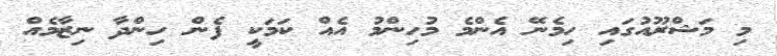
މި މަޝްރޫއުގައި ހިމެނޭ އެންމެ މުހިންމު އެއް ކަމަކީ ފެން ހިންދާ ނިޒާމެއް